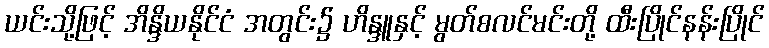
ယင်းသို့ဖြင့် အိန္ဒိယနိုင်ငံ အတွင်း၌ ဟိန္ဒူနှင့် မွတ်စလင်မင်းတို့ ထီးပြိုင်နန်းပြိုင်